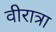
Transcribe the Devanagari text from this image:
वीरात्रा